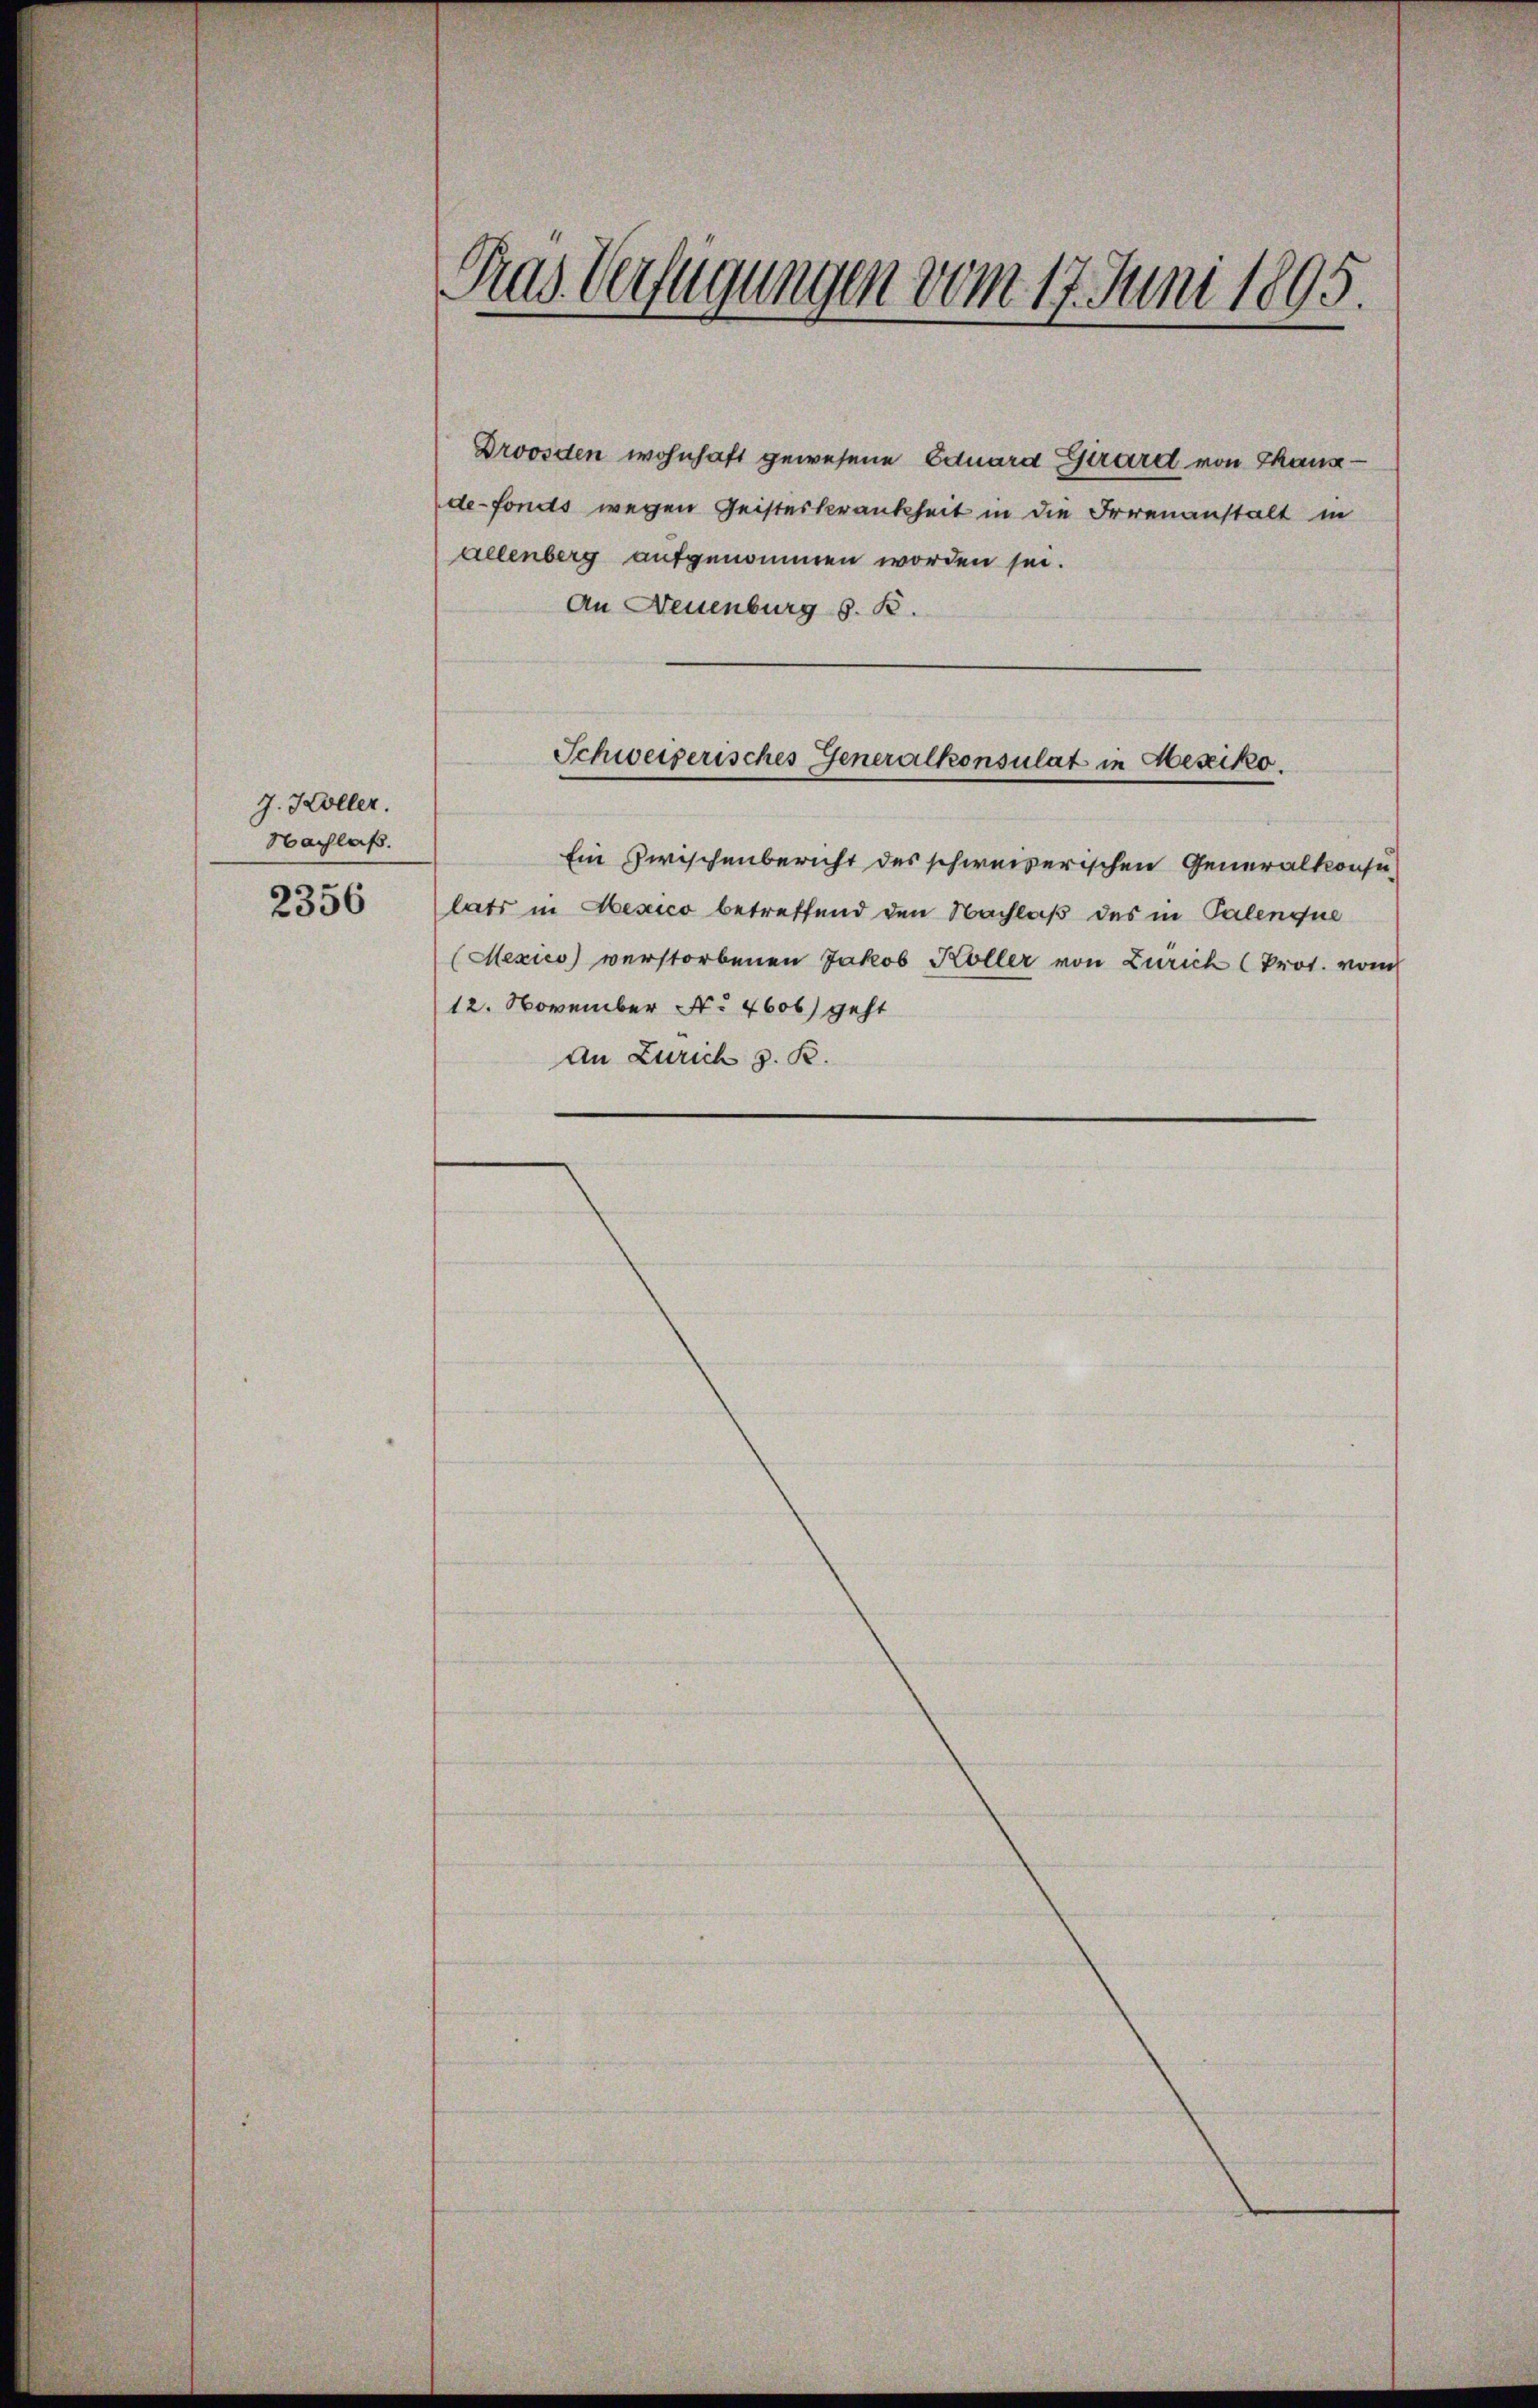
J. Koller.
Nachlaß.
2356

Pras Verfügungen vom 17. Juni 1895.

Droosden wohnhaft gewesene Eduard Girard von Thause
de-Fonds wegen Geisteskrankheit in die Irrenanstalt in
allenberg aufgenommen worden sei.
An Neuenburg S. B.
Ein Zwischenbericht des schweizerischen Generalkonsulats in Mexico betreffend den Nachlaß des in Palenque
(Mexico) verstorbenen Jakob Koller von Zürich (Prot. vom
12. November No 4606) geht
An Zürich z. R.

Schweizerisches Generalkonsulat in Hesiko